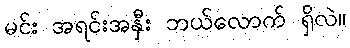
မင်း အရင်းအနှီး ဘယ်လောက် ရှိလဲ။